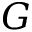
G